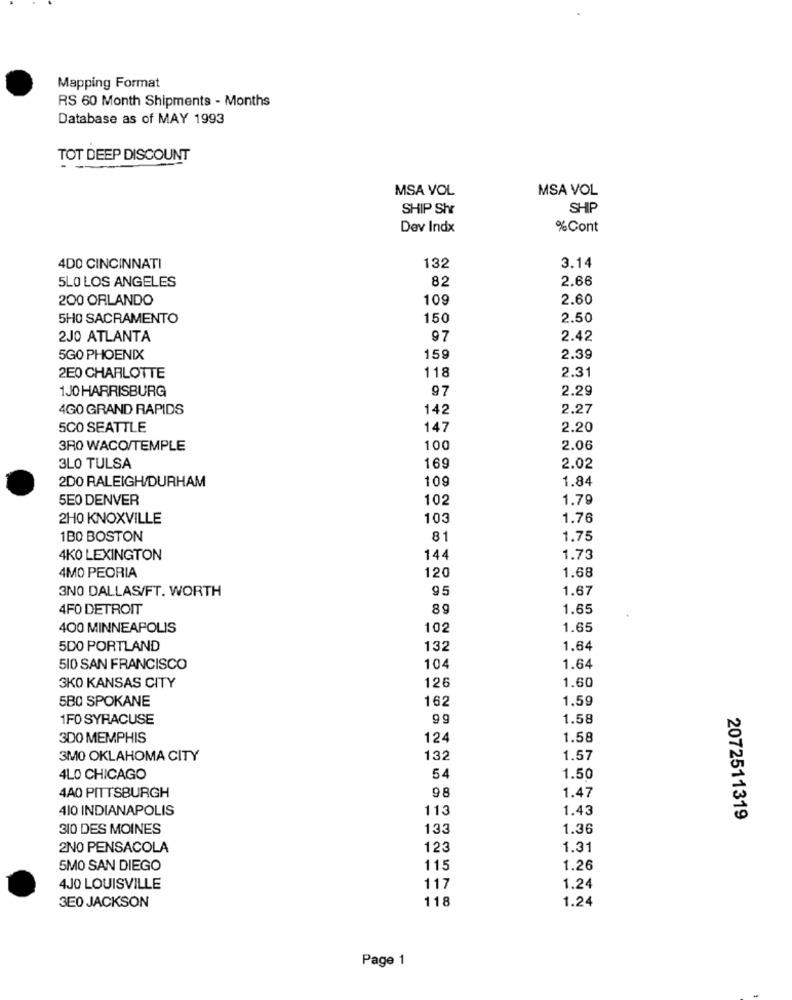
Mapping Format
RS 60 Month Shipments - Months
Database as of MAY 1993
TOT DEEP DISCOUNT
MSA VOL
MSA VOL
SHIP Shr
SHIP
Dev Indx
%Cont
4DO CINCINNATI
132
3.14
5LO LOS ANGELES
82
2.66
200 ORLANDO
109
2.60
5H0 SACRAMENTO
150
2.50
2JO ATLANTA
97
2.42
5GO PHOENIX
159
2.39
118
2.31
2E0 CHARLOTTE
1JO HARRISBURG
97
2.29
4GO GRAND RAPIDS
142
2.27
5CO SEATTLE
147
2.20
3FO WACO/TEMPLE
100
2.06
3LO TULSA
169
2.02
2DO RALEIGH/DURHAM
109
1.84
5E0 DENVER
102
1.79
2H0 KNOXVILLE
10
1.76
1BO BOSTON
81
1.75
4KO LEXINGTON
144
1.73
4MO PEORIA
1.68
120
95
1.67
3NO DALLAS/FT. WORTH
4FO DETROIT
8g
1.65
400 MINNEAPOLIS
102
1.65
500 PORTLAND
132
1.64
510 SAN FRANCISCO
10
1.64
126
1.60
3KO KANSAS CITY
5B0 SPOKANE
162
1.59
1FO SYRACUSE
99
1.58
3D0 MEMPHIS
124
1.58
3MO OKLAHOMA CITY
132
1.57
4LO CHICAGO
54
1.50
4A0 PITTSBURGH
98
1.47
410 INDIANAPOLIS
113
1.43
2072511319
310 DES MOINES
133
1.36
2NO PENSACOLA
123
1.31
5MO SAN DIEGO
115
1.26
117
4JO LOUISVILLE
1.24
118
1.24
3E0 JACKSON
Page 1